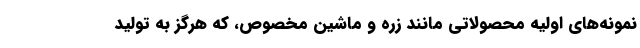
نمونه‌های اولیه محصولاتی مانند زره و ماشین مخصوص، که هرگز به تولید